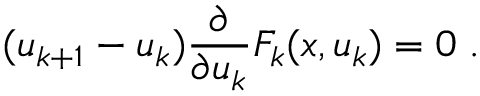
( u _ { k + 1 } - u _ { k } ) \frac { \partial } { \partial u _ { k } } F _ { k } ( x , u _ { k } ) = 0 \; .